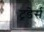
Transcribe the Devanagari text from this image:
ट्रडेर्स